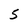
Character: S